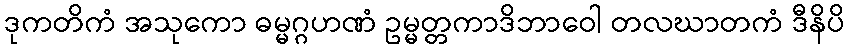
ဒုကတိကံ အသုကော ဓမ္မဂ္ဂဟဏံ ဥမ္မတ္တကာဒိဘာဝေါ တလဃာတကံ ဒီနိပိ